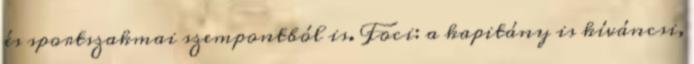
és sportszakmai szempontból is. Foci: a kapitány is kíváncsi,